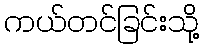
ကယ်တင်ခြင်းသို့